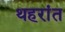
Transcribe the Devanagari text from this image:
थहरांत